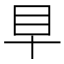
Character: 𥃪